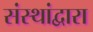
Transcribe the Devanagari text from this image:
संस्थांद्वारा